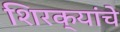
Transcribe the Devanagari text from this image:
शिरक्यांचे